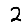
Digit: 2